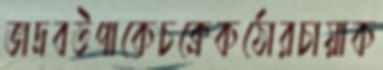
ভাদ্রবউপাকেচক্রেকঠোরচায়াক